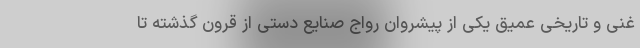
غنی و تاریخی عمیق یکی از پیشروان رواج صنایع دستی از قرون گذشته تا